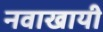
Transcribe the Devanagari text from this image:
नवाखायी